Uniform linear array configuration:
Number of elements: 64
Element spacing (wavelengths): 1
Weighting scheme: exponential
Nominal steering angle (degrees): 15
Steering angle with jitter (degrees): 16.915
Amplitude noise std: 0.05
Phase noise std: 0.05

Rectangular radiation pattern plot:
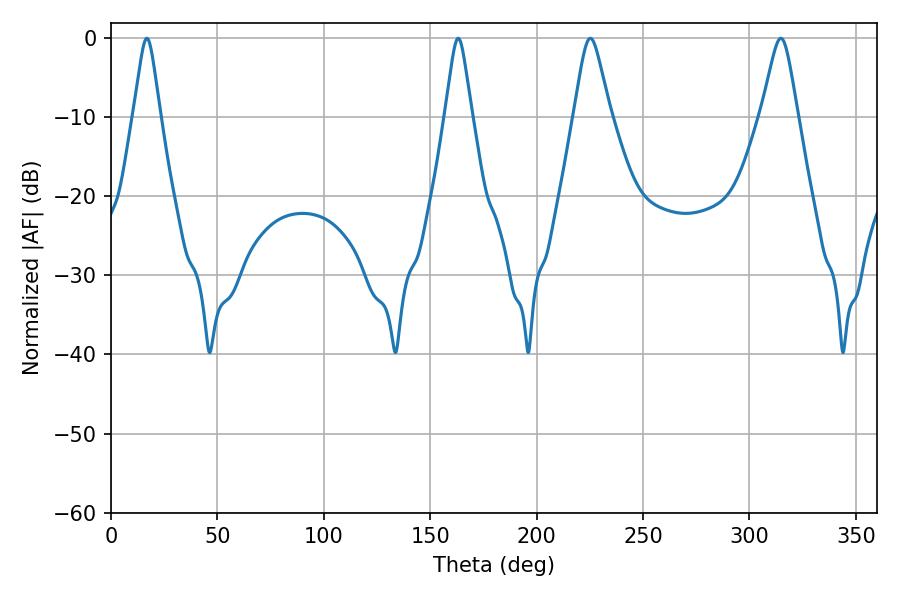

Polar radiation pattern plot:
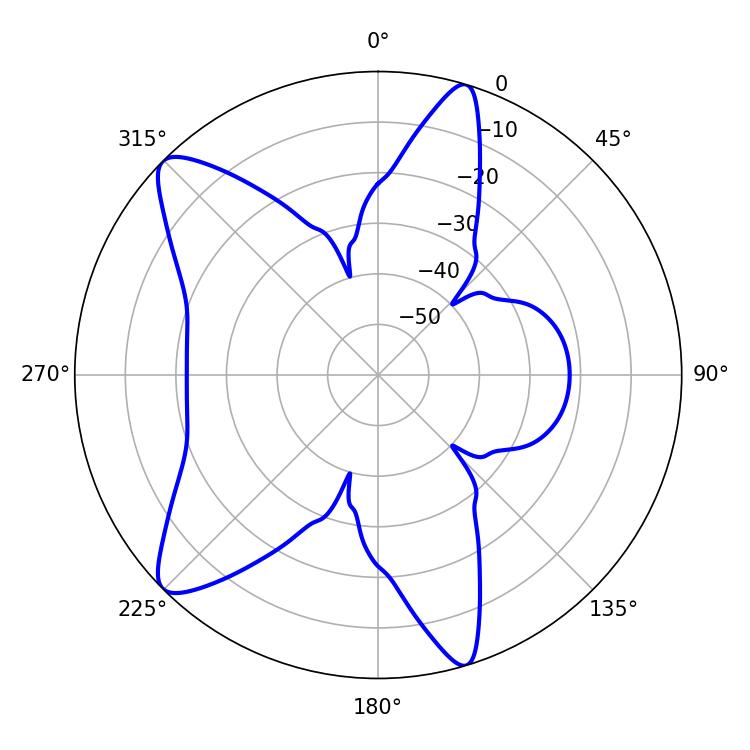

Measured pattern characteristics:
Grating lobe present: TRUE
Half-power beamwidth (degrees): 8.1
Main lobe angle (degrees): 225.18